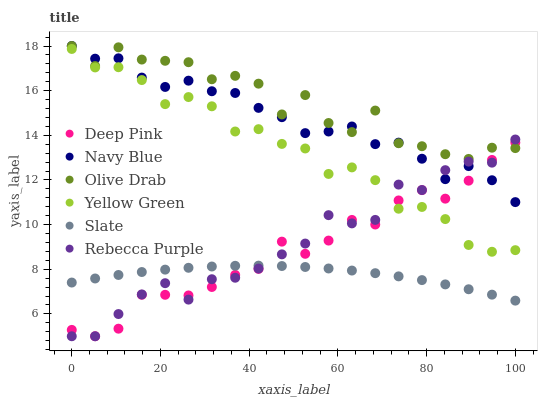
| xaxis_label | Deep Pink | Navy Blue | Olive Drab | Yellow Green | Slate | Rebecca Purple |
 | --- | --- | --- | --- | --- | --- | --- |
 | 0 | 5.28 | 18 | 18 | 17.9 | 7.41 | 5 |
 | 5.26 | 5 | 17.4 | 17.1 | 17 | 7.59 | 5 |
 | 10.5 | 5.34 | 17.4 | 17.9 | 17.1 | 7.74 | 5.99 |
 | 15.8 | 6.86 | 16.6 | 17.4 | 16.5 | 7.88 | 6.87 |
 | 21.1 | 6.86 | 16.2 | 17.3 | 15.4 | 7.98 | 7.38 |
 | 26.3 | 6.83 | 16.4 | 17.3 | 15.7 | 8.07 | 6.64 |
 | 31.6 | 7.21 | 16 | 16.5 | 15.3 | 8.12 | 7.55 |
 | 36.8 | 7.75 | 15.9 | 16.7 | 14.2 | 8.16 | 7.62 |
 | 42.1 | 8.02 | 15.2 | 16.3 | 14.3 | 8.16 | 8.03 |
 | 47.4 | 9.24 | 14.8 | 14.9 | 13.6 | 8.15 | 8.67 |
 | 52.6 | 8.69 | 14.1 | 15.8 | 13.4 | 8.1 | 9.15 |
 | 57.9 | 9.29 | 14.2 | 14.6 | 12.3 | 8.04 | 10.4 |
 | 63.2 | 10.2 | 14.4 | 14.1 | 12.6 | 7.94 | 10.1 |
 | 68.4 | 10 | 13.6 | 15.1 | 12 | 7.83 | 10.2 |
 | 73.7 | 11.1 | 13.7 | 13.6 | 10.7 | 7.68 | 11.8 |
 | 78.9 | 11.5 | 13 | 13.5 | 10.8 | 7.52 | 11.5 |
 | 84.2 | 11.2 | 12 | 13.2 | 10.2 | 7.32 | 12.4 |
 | 89.5 | 12 | 12.6 | 12.9 | 9.09 | 7.11 | 12.8 |
 | 94.7 | 12.9 | 12 | 13.4 | 8.78 | 6.86 | 12.8 |
 | 100 | 13.7 | 11 | 13.4 | 8.86 | 6.6 | 13.8 |